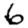
Digit: 6